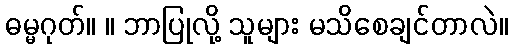
ဓမ္မဂုတ်။ ။ ဘာပြုလို့ သူများ မသိစေချင်တာလဲ။